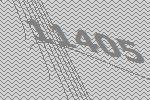
11405